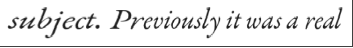
subject. Previously it was a real